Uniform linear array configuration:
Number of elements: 24
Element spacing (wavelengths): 0.5
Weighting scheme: blackman
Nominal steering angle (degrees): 45
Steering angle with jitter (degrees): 44.776
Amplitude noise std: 0.05
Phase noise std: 0.05

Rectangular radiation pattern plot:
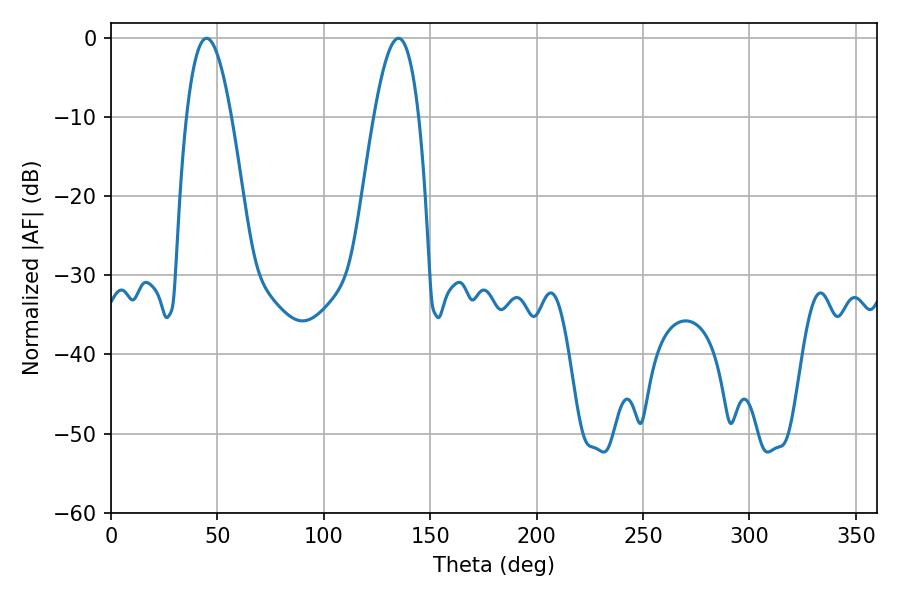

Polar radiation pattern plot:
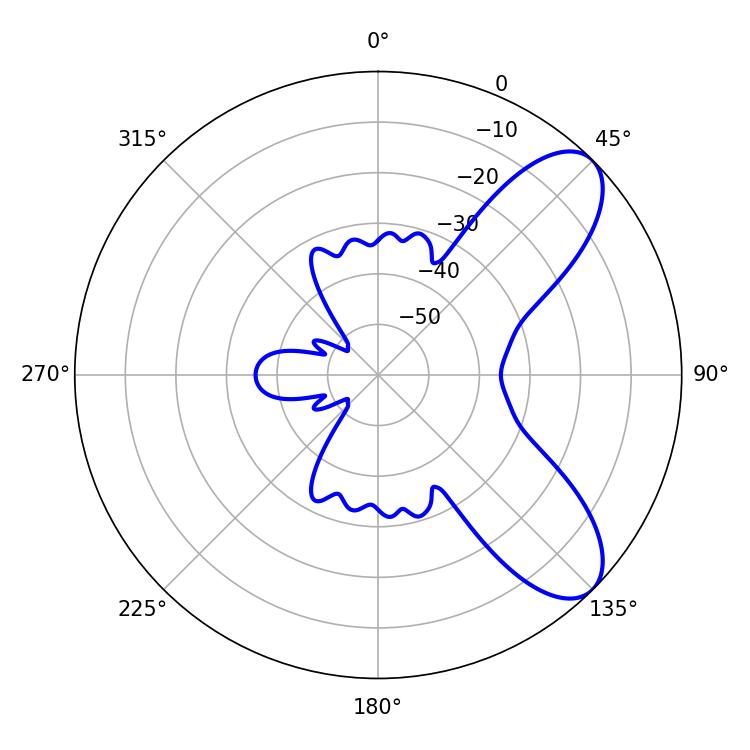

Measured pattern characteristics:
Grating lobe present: FALSE
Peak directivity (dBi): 8.105
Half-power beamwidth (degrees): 11.52
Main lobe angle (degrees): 45